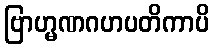
ဗြာဟ္မဏဂဟပတိကာပိ